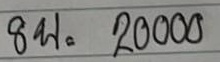
8บ = 20000